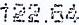
122.64